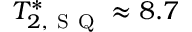
T _ { 2 , \mathrm { ~ S ~ Q ~ } } ^ { * } \approx 8 . 7